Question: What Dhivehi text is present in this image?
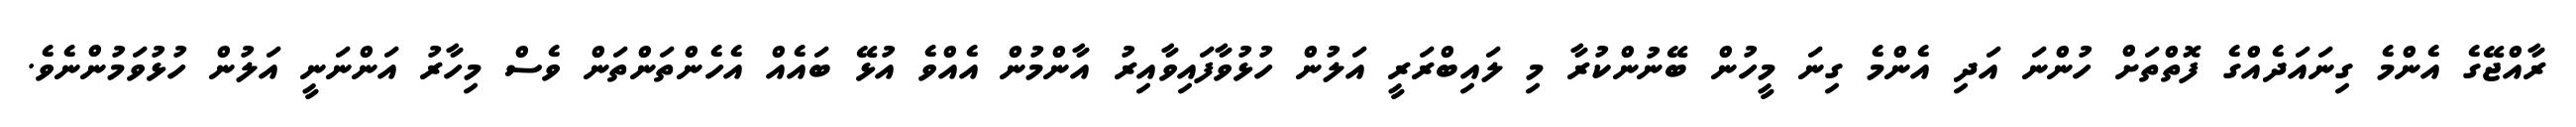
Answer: ރާއްޖޭގެ އެންމެ ގިނައަދެއްގެ ފޮތްތަށް ހުންނަ އަދި އެންމެ ގިނަ މީހުން ބޭނުންކުރާ މި ލައިބްރަރީ އަލުން ހުޅުވާފައިވާއިރު އާންމުން އެއްވެ އުޅޭ ބައެއް އެހެންތަންތަން ވެސް މިހާރު އަންނަނީ އަލުން ހުޅުވަމުންނެވެ.